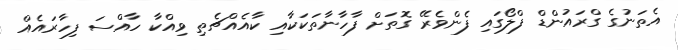
އެތަނުގެ ގްރައުންޑް ފްލޯގައި ފެންވެރޭ ގޮތަށް ފާހާނާތަކަކާއި ކާއެއްޗެތި ވިއްކާ ހާއްސަ ފިހާރައެއް